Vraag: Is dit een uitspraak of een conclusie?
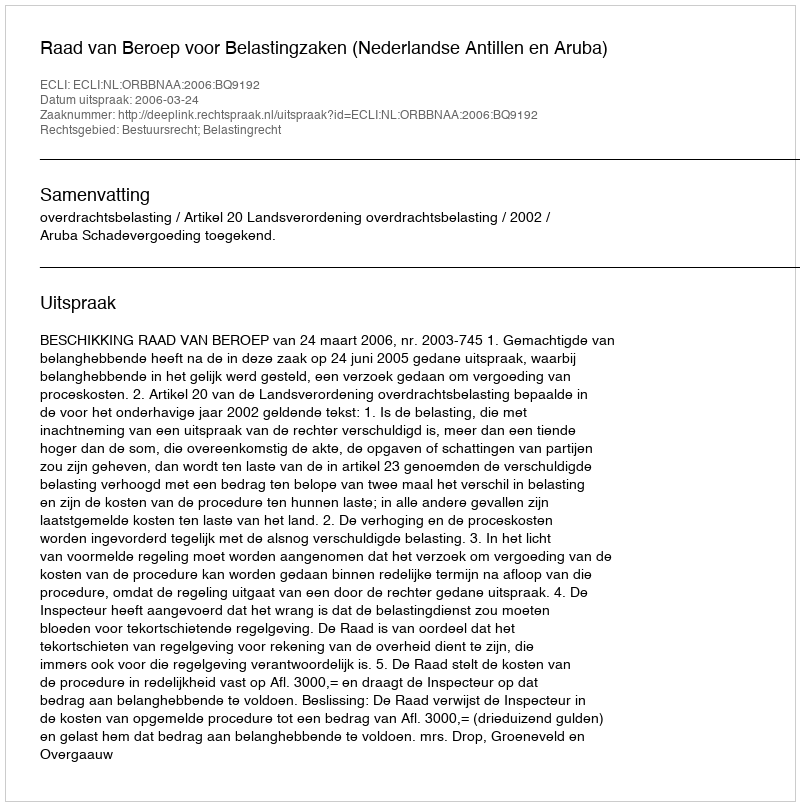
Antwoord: Uitspraak